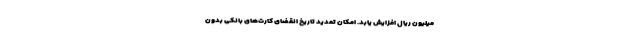
میلیون ریال افزایش یابد. امکان تمدید تاریخ انقضای کارت‌های بانکی بدون